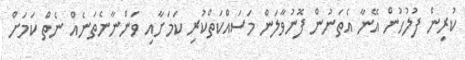
ކުރިން ފުލުހުން އޭނާ އެތަނުން ފޮނުވާލަން މަސައްކަތްކުރި ކަމަށާއި ވަންނާނެތަނެއް ނެތް ކަމަށް